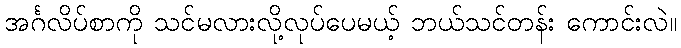
အင်္ဂလိပ်စာကို သင်မလားလို့လုပ်ပေမယ့် ဘယ်သင်တန်း ကောင်းလဲ။